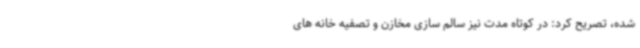
شده، تصریح کرد: در کوتاه مدت نیز سالم سازی مخازن و تصفیه خانه های